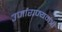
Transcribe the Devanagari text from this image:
उर्जाराज्यमंत्री